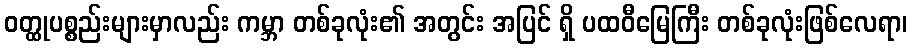
ဝတ္ထုပစ္စည်းများမှာလည်း ကမ္ဘာ တစ်ခုလုံး၏ အတွင်း အပြင် ရှိ ပထဝီမြေကြီး တစ်ခုလုံးဖြစ်လေရာ၊